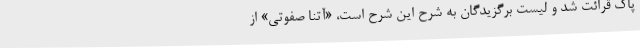
پاک قرائت شد و لیست برگزیدگان به شرح این شرح است، «آتنا صفوتی» از